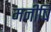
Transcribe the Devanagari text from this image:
मनीषि